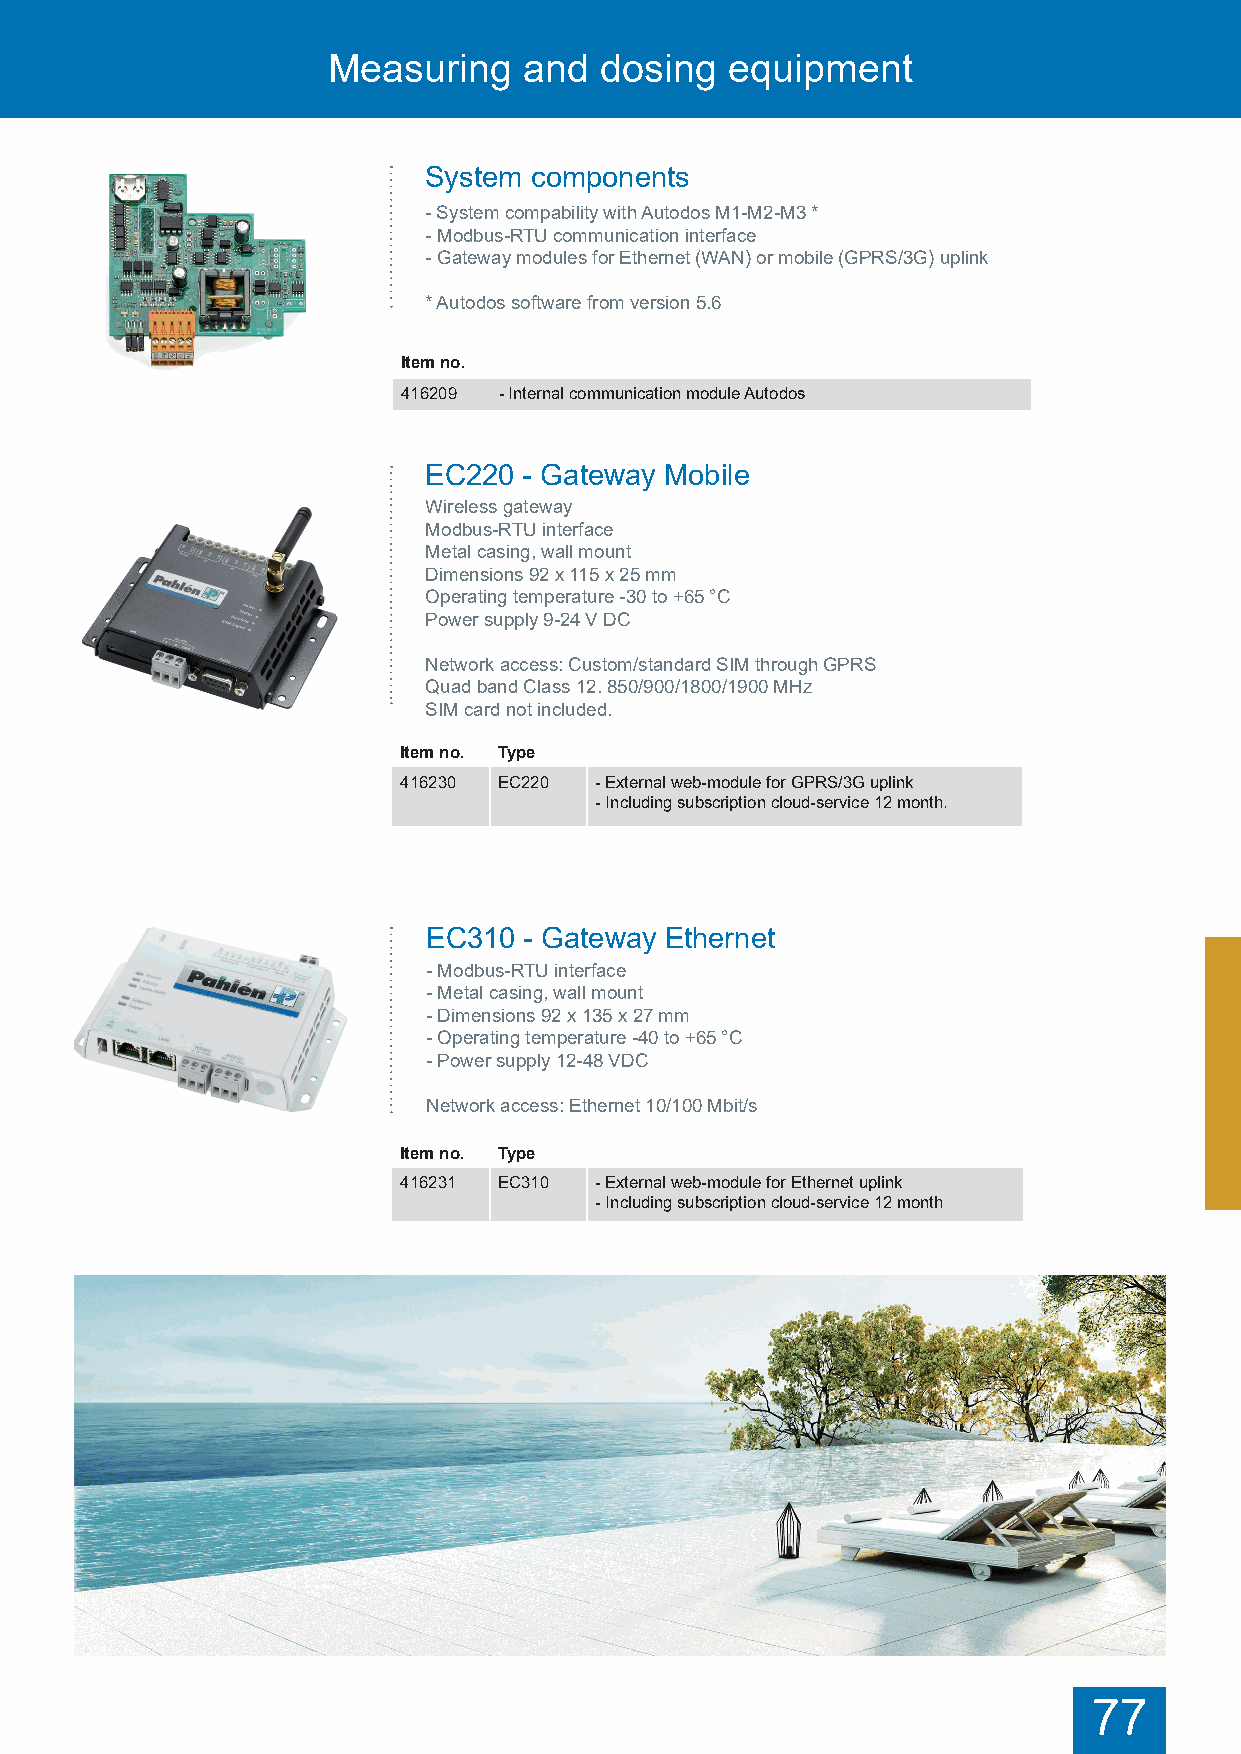
Measuring    and  dosing  equipment
 System components
 - System compability with Autodos M1-M2-M3 *
 - Modbus-RTU communication interface
 - Gateway modules for Ethernet (WAN) or mobile (GPRS/3G) uplink
 * Autodos software from version 5.6
 Item no.
 416209 - Internal communication module Autodos
 EC220  - Gateway Mobile
 Wireless gateway
 Modbus-RTU interface
 Metal casing, wall mount
 Dimensions 92 x 115 x 25 mm
 Operating temperature -30 to +65 °C
 Power supply 9-24 V DC
 Network access: Custom/standard SIM through GPRS
 Quad band Class 12. 850/900/1800/1900 MHz
 SIM card not included.
 Item no. Type
 416230 EC220 - External web-module for GPRS/3G uplink
 - Including subscription cloud-service 12 month.
 EC310  - Gateway Ethernet
 - Modbus-RTU interface
 - Metal casing, wall mount
 - Dimensions 92 x 135 x 27 mm
 - Operating temperature -40 to +65 °C
 - Power supply 12-48 VDC
 Network access: Ethernet 10/100 Mbit/s
 Item no. Type
 416231 EC310 - External web-module for Ethernet uplink
 - Including subscription cloud-service 12 month
 77